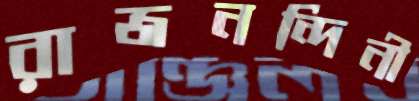
রাজনন্দিনী